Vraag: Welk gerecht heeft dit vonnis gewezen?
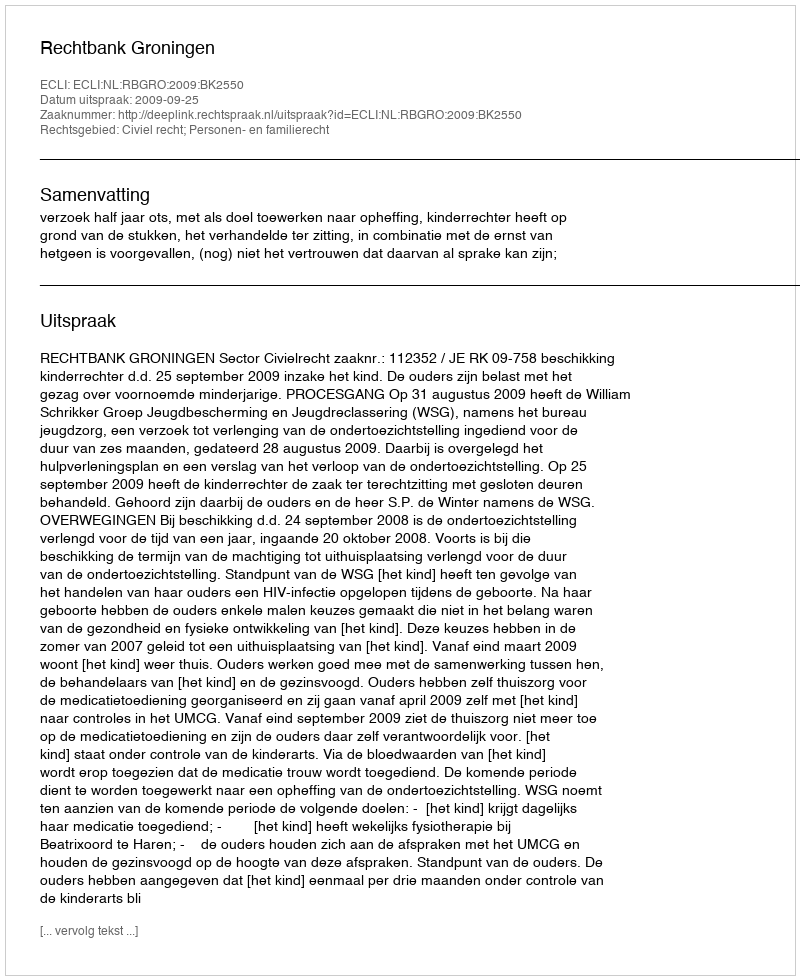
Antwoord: Rechtbank Groningen